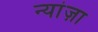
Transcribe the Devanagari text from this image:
न्यांज़ा